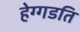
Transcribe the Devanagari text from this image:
हेग्गडति